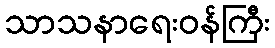
သာသနာရေးဝန်ကြီး